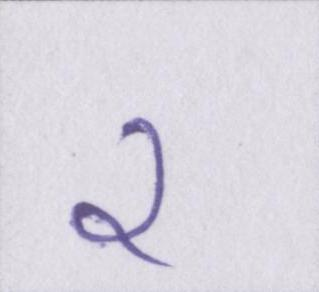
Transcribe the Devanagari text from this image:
२